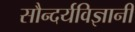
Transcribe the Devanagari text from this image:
सौन्दर्यविज्ञानी